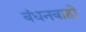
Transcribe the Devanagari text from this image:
बंधनबाहो